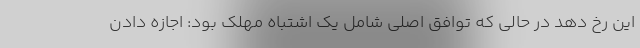
این رخ دهد در حالی که توافق اصلی شامل یک اشتباه مهلک بود: اجازه دادن